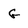
Character: G